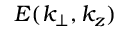
E ( k _ { \perp } , k _ { z } )